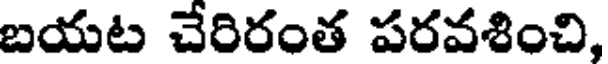
బయట చేరిరంత పరవశించి,